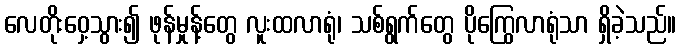
လေတိုးဝှေ့သွား၍ ဖုန်မှုန့်တွေ လူးထလာရုံ၊ သစ်ရွက်တွေ ပိုကြွေလာရုံသာ ရှိခဲ့သည်။